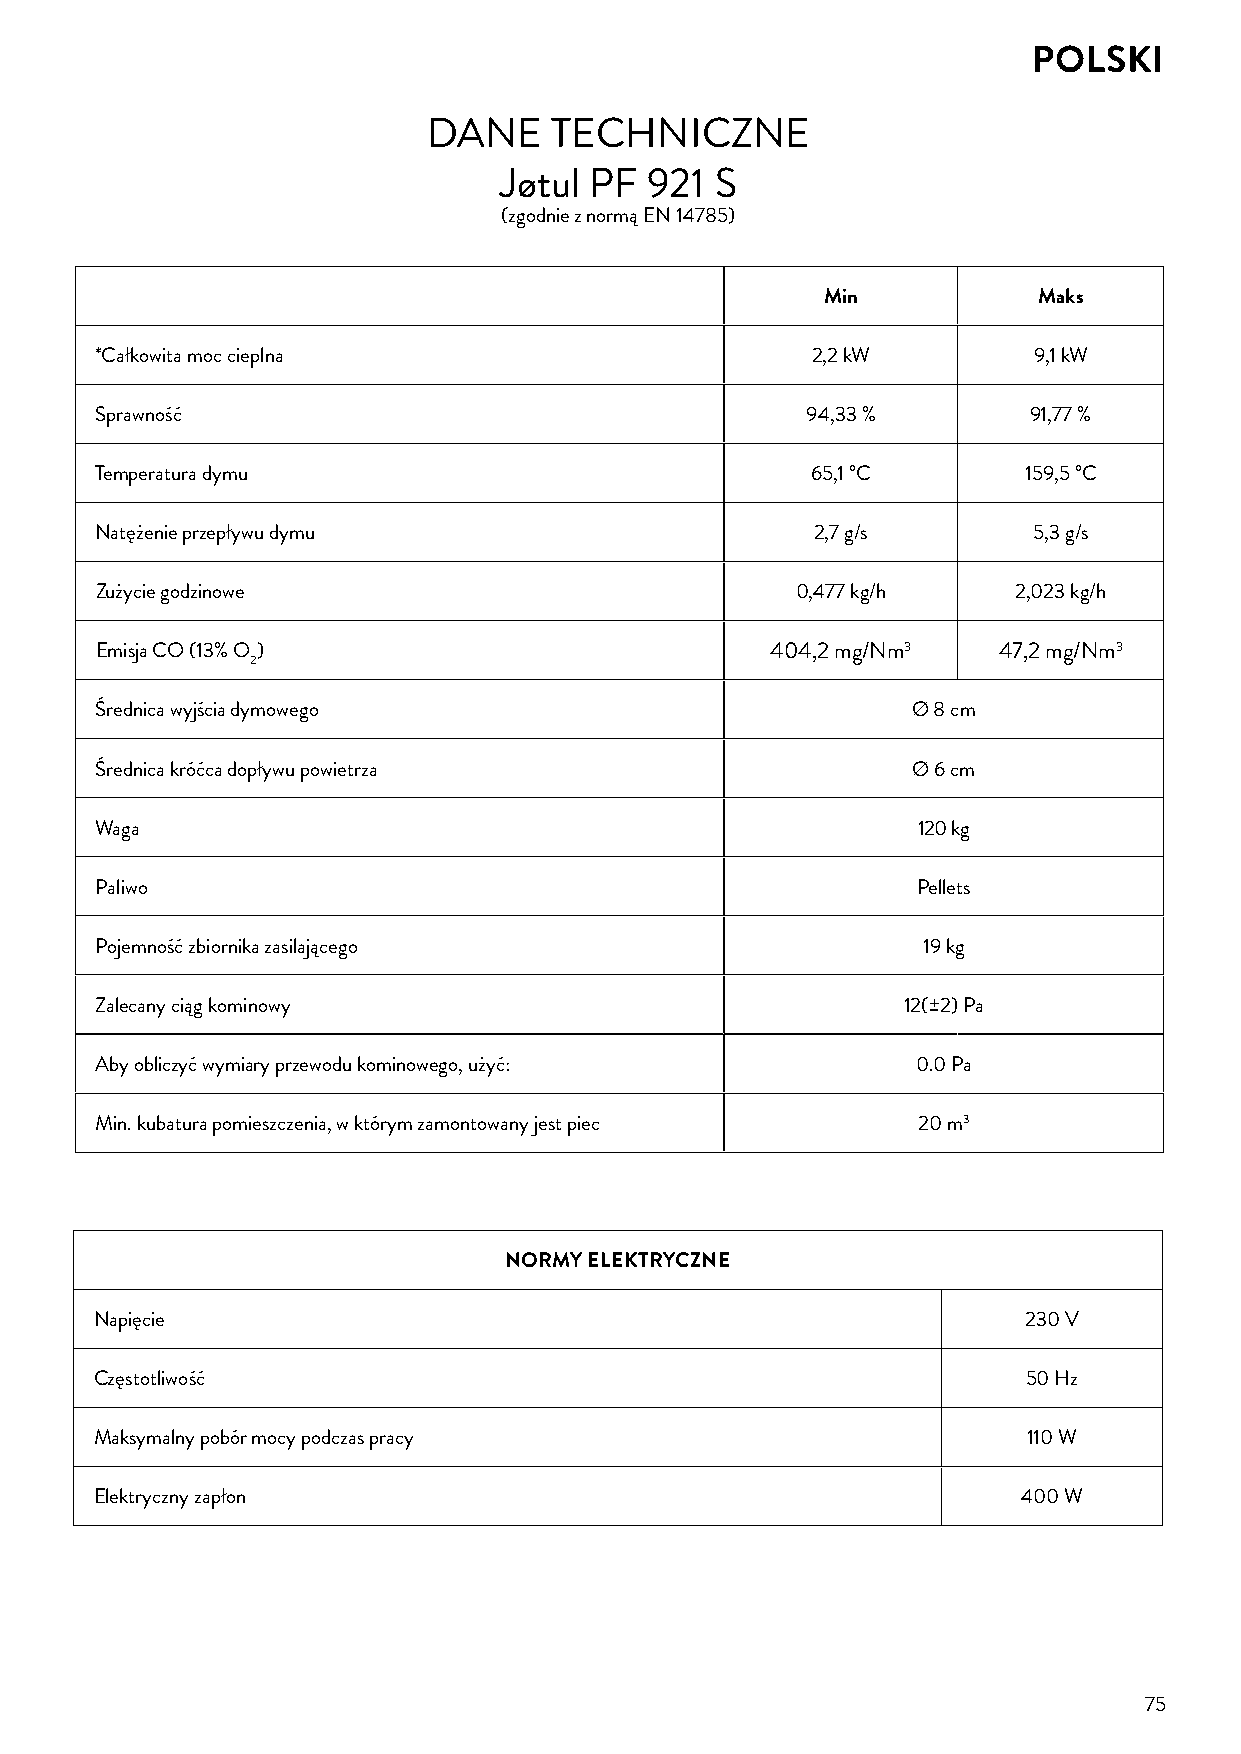
POLSKI
 DANE    TECHNICZNE
 Jøtul PF  921 S
 (zgodnie z normą EN 14785)
 Min           Maks
 *Całkowita moc cieplna                          2,2 kW        9,1 kW
 Sprawność                                      94,33 %        91,77 %
 Temperatura dymu                                65,1 °C       159,5 °C
 Natężenie przepływu dymu                        2,7 g/s       5,3 g/s
 Zużycie godzinowe                              0,477 kg/h    2,023 kg/h
 Emisja CO (13% O )                           404,2 mg/Nm3   47,2 mg/Nm3
 2
 Średnica wyjścia dymowego                             Ø 8 cm
 Średnica króćca dopływu powietrza                     Ø 6 cm
 Waga                                                   120 kg
 Paliwo                                                 Pellets
 Pojemność zbiornika zasilającego                       19 kg
 Zalecany ciąg kominowy                                12(±2) Pa
 Aby obliczyć wymiary przewodu kominowego, użyć:        0.0 Pa
 Min. kubatura pomieszczenia, w którym zamontowany jest piec 20 m3
 NORMY ELEKTRYCZNE
 Napięcie                                                      230 V
 Częstotliwość                                                 50 Hz
 Maksymalny pobór mocy podczas pracy                           110 W
 Elektryczny zapłon                                            400 W
 75